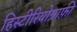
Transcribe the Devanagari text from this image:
हिस्टीरियोग्राफ़ी